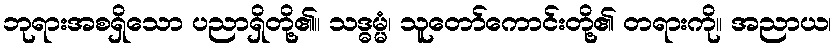
ဘုရားအစရှိသော ပညာရှိတို့၏။ သဒ္ဓမ္မံ၊ သူတော်ကောင်းတို့၏ တရားကို။ အညာယ၊